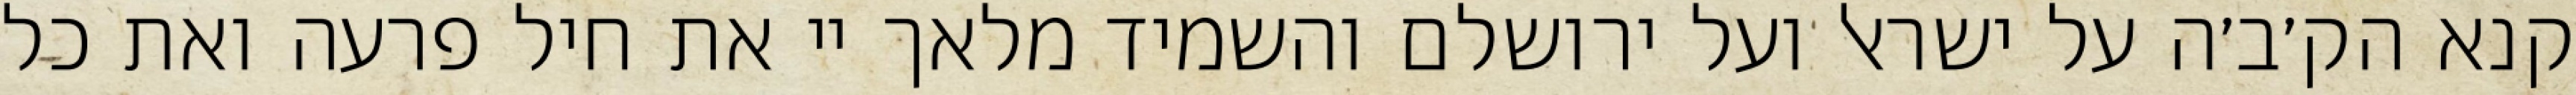
קנא הק׳ב׳ה על ישראל ועל ירושלם והשמיד מלאך יי את חיל פרעה ואת כל